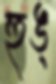
হুঙ্